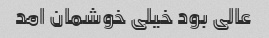
عالی بود خیلی خوشمان امد